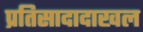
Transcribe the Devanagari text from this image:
प्रतिसादादाखल